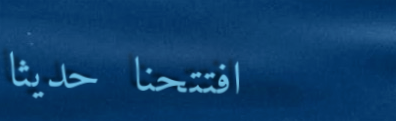
افتتحنا حديثاً